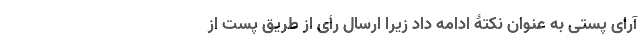
آرای پُستی به عنوان نکتۀ ادامه داد زیرا ارسال رأی از طریق پُست از